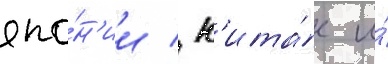
япо́н'ии / к'ита́е и́